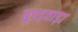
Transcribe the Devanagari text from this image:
बूचड़वाड़ा